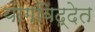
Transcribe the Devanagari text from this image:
योगविद्देत